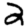
Digit: 2